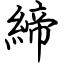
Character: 締